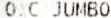
O.C JUMBO